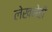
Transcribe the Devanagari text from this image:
लेखनेही